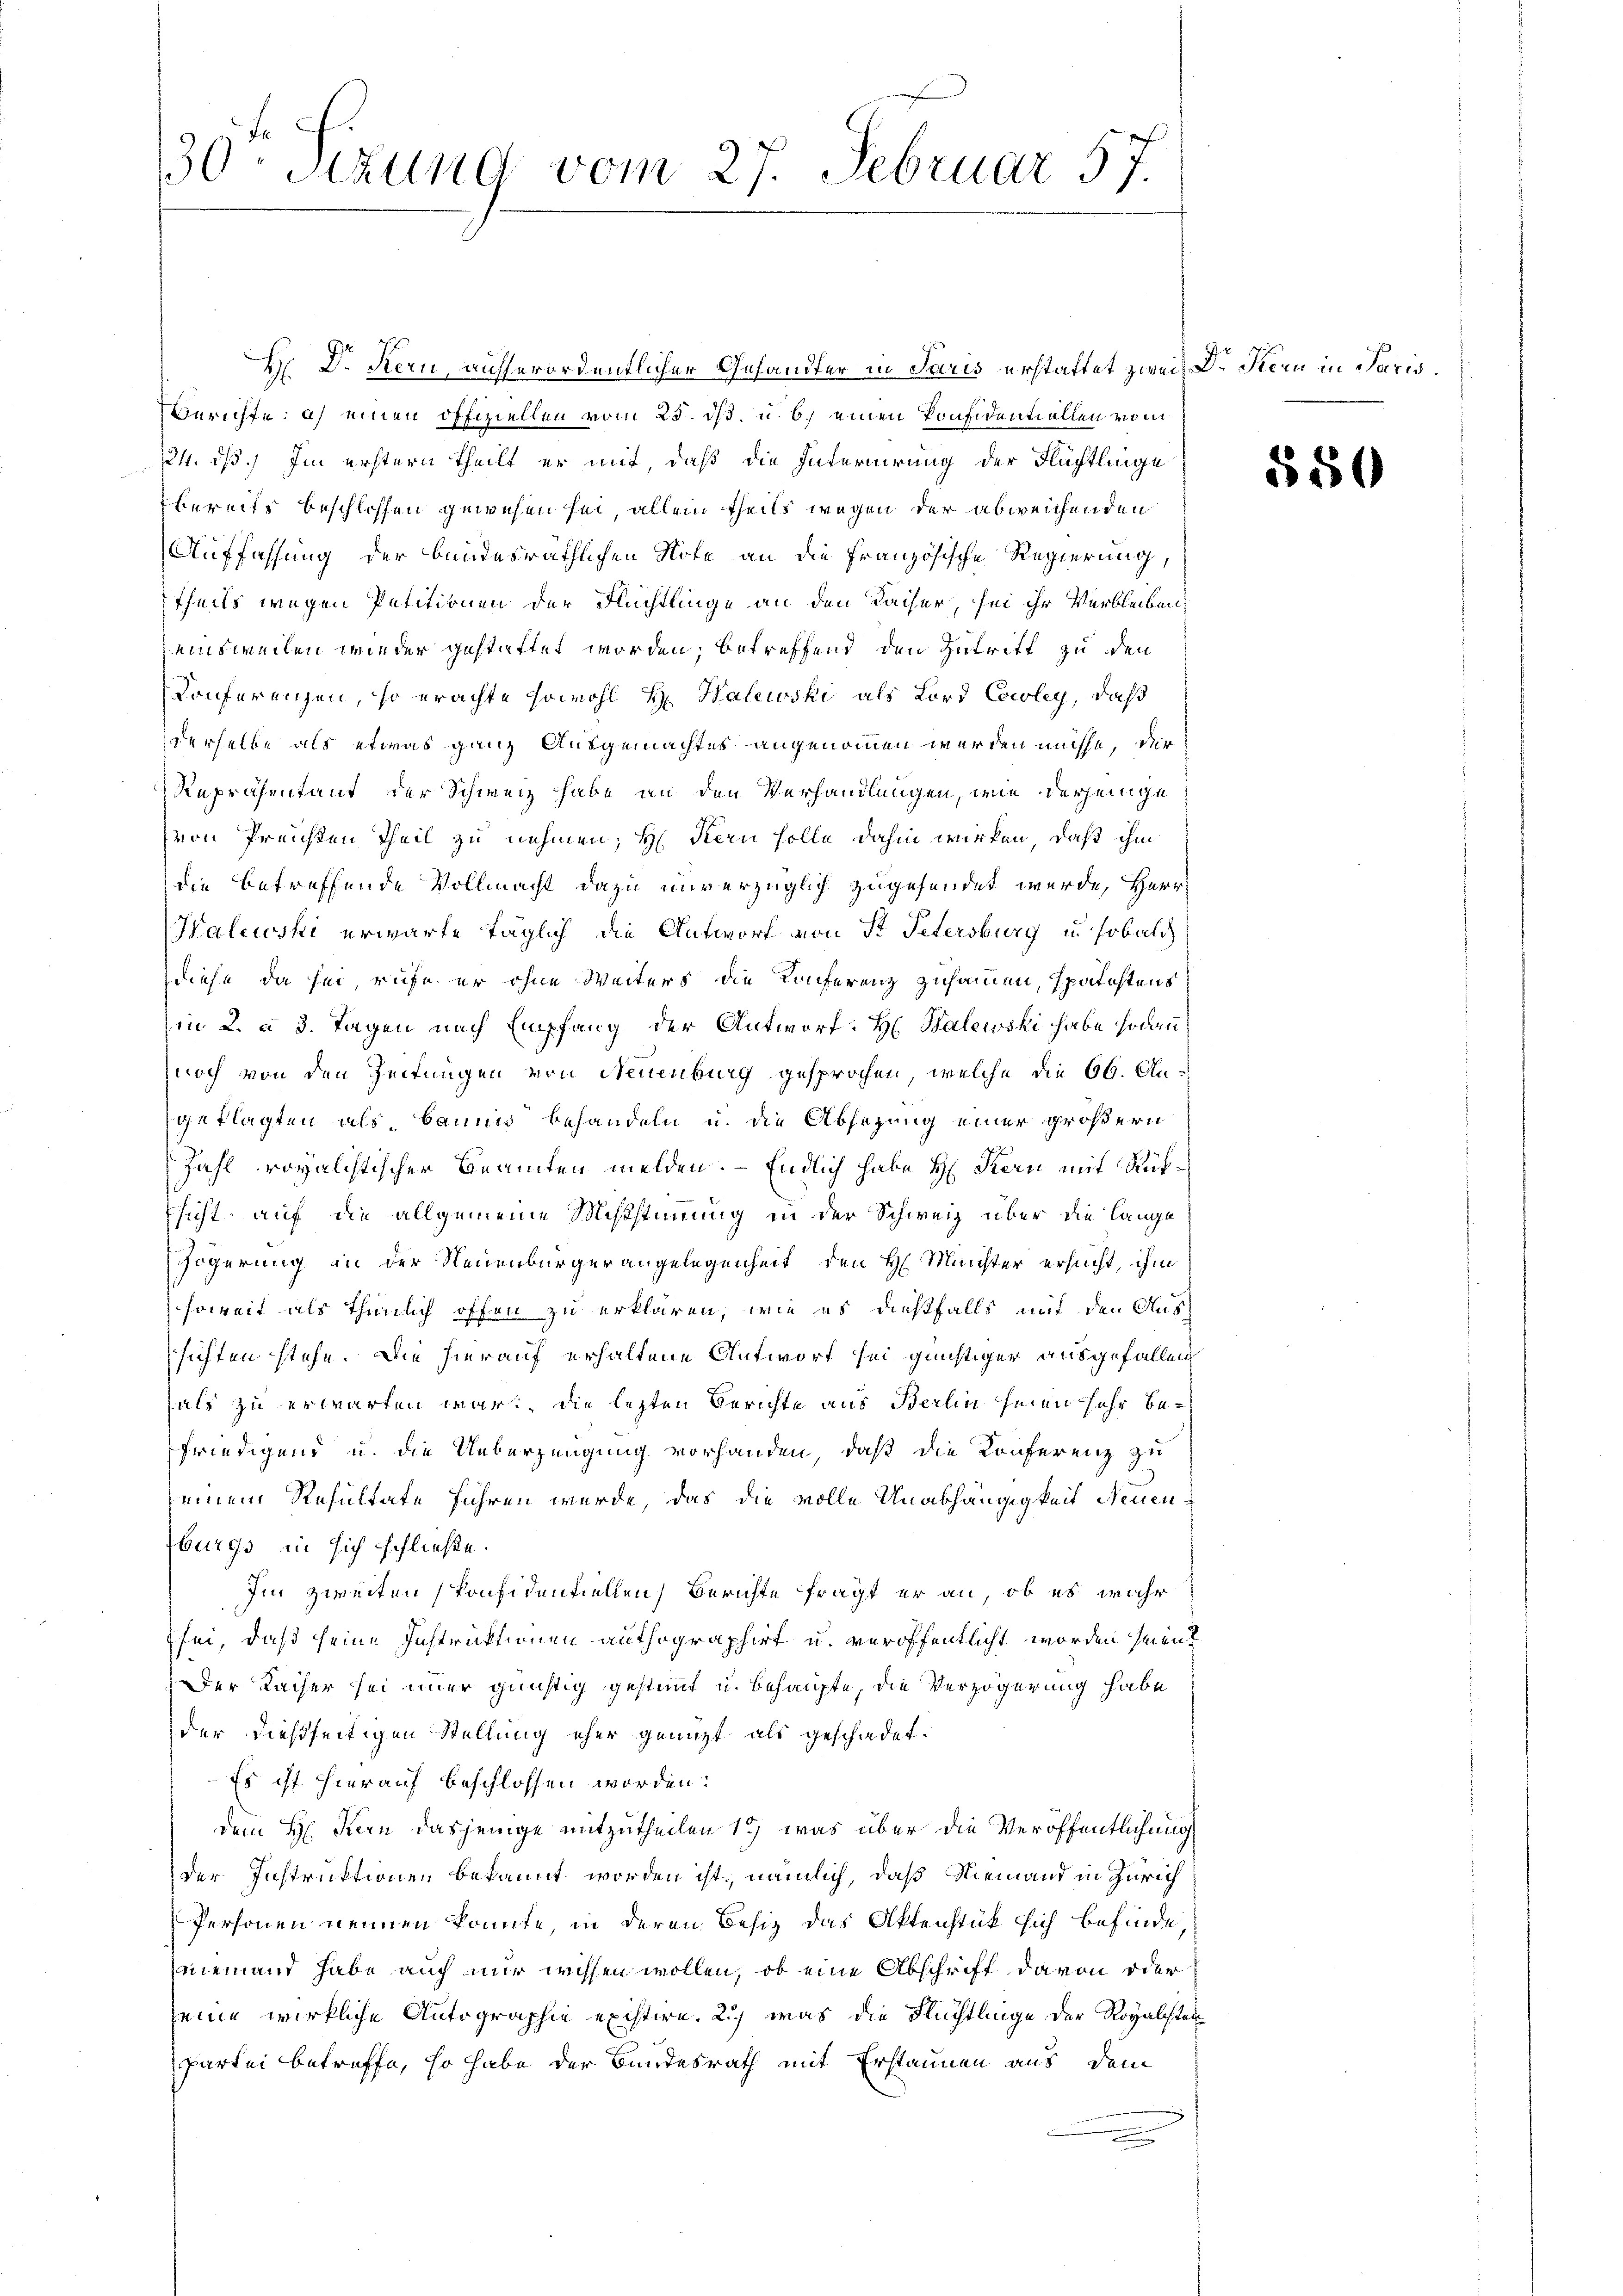
30. Sizung vom 27. Februar 57.

H. Dr. Kern, ausserordentlicher Gesandter in Paris erstattet zwei Dr Kern in Paris¬
Berichte: a) einen offiziellen vom 25. ds. u. b. einen Konfidentiellen vom
24. dß. Im erstern theilt er mit daß die Internirung der Flächtlinge
bereits beschlossen gewesen sei, allein theils wegen der abweichenden
Auffassung der bandesräthlichen Note an die Französische Regierung,
theils wegen Petitionen der Flüchtlinge an den Kaiser, sei ihr Verbleiben,
einsweilen wieder gestattet worden, betreffend den Zutritt zu den
Konferenzen, so erachte sowohl H. Halewski als Lord Cocoley, daß
derselbe als etwas ganz Ausgemachtes angenommen werden müsse, der
Repräsentant der Schweiz habe an den Verhandlungen, wie derjenige
von Preisten Theil zu nehmen; H. Kern solle dahin wirken, daß ihm
die betreffende Vollmacht dazu unverzüglich zugesendet werde, Herr
Kaluski erwarte täglich die Antworf von St. Petersburg u. sobald
diese, da sei, rufe er ohne Weiters die Konferenz zusammen, spätestens
hin 2. à 3. Tagen nach Empfang der Antworf: H: Balewski habe sodann
znoch von den Zeitungen von Neuenburg gesprochen, welche die 66. Augeklagten als baunis behandeln u. die Absezung einer größern
Zahl royalchtischer Beamten melden. – Endlich habe Hr. Kern mit Rüksicht, auf die allgemeine Mißstimmung in der Schweiz über die Lange
zögerung an der Neuenbürgerangelegenheit den H. Meister ersucht, ihm
soweit als thunlich offen zu erklären, wie es dießfalls mit den Aussichten stehe. Die hierauf erhaltene Antwort sei günstiger ausgefallen
als zu erwarten war. Die lezten Berichte aus Berlin seien sehr befriedigend u. die Ueberzeugung vorhanden, daß die Konferenz zu
seinem Resultate führen werde, das die volle Unabhängigkeit Neuen-
burgs in sich schließe.
Im zweiten konfidentiellen, Berichte fragt er an, ob es wahr
sei, daß seine Instruktionen authographirt u. veröffentlicht worden seient
Der Racher sei immer günstig gestimmt u. behaupte, die Verzögerung habe
der dießseitigen Stellung eher genutzt als geschadet.
Es ist hierauf beschlossen worden:
dem H. Kern dasjenige mitzutheilen 1) was über die Veröffentlichung
der Instruktionen bekannt worden ist, nämlich, daß Niemand in Zürich
Personen nennen könnte, in deren Besiz das Aktenstück sich befinde,
niemand habe auch nur wissen wollen, ob eine Abschrift davon oder
seine wirkliche Autographie existire. 2) was die Flüchtlinge der Royalisten
partei betreffe, so habe der Bundesrath mit Erstaunen aus dem

550